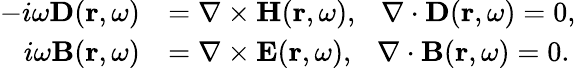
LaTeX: \begin{array}{rl}{-i\omega\mathbf{D}(\mathbf{r},\omega)}&{=\nabla\times\mathbf{H}(\mathbf{r},\omega),~~~\nabla\cdot\mathbf{D}(\mathbf{r},\omega)=0,}\\ {i\omega\mathbf{B}(\mathbf{r},\omega)}&{=\nabla\times\mathbf{E}(\mathbf{r},\omega),~~~\nabla\cdot\mathbf{B}(\mathbf{r},\omega)=0.}\end{array}